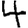
Digit: 4